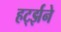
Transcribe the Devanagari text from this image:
हर्ट्झने